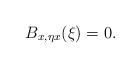
LaTeX: \begin{align*} B_{x,\eta x}(\xi)=0.\end{align*}